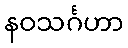
နဝသင်္ဂဟာ